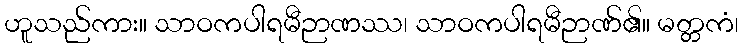
ဟူသည်ကား။ သာဝကပါရမီဉာဏဿ၊ သာဝကပါရမီဉာဏ်၏။ မတ္တကံ၊